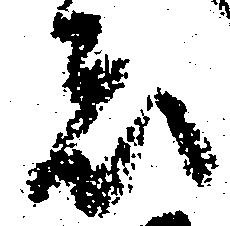
は